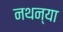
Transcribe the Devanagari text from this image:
नथन्या